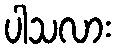
ပါသလား